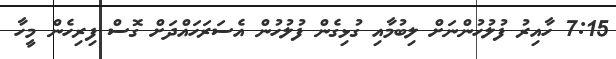
7:15 ހާއިރު ފުލުހުންނަށް ލިބުމާއި ގުޅިގެން ފުލުހުން އެސަރަހައްދަށް ގޮސް ފިރިހެން މީހާ